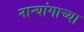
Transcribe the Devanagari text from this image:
नान्यांगाच्या